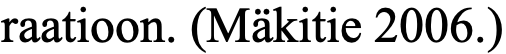
raatioon. (Mäkitie 2006.)